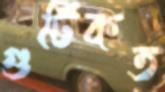
গুটিকত